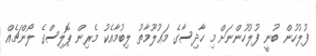
ފުލުހުން ބުނީ ފުލުހުންނަށް މި ހާދިސާގެ މަޢުލޫމާތު ލިބުމާއެކު މެރިން ޕޮލިސްގެ ލޯންޗެއް